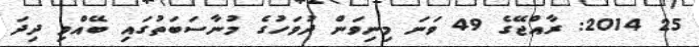
25 2014: ރާއްޖޭގެ 49 ވަނަ މިނިވަން ދުވަހުގެ މުނާސަބަތުގައި ބޭއްވި ދިދަ